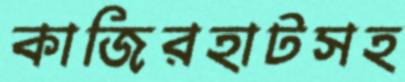
কাজিরহাটসহ